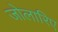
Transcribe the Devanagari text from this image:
जोलारिए